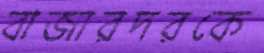
বাজারদরকে